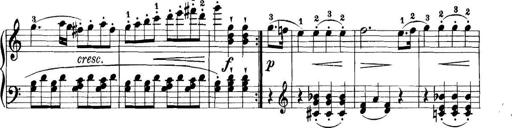
Title: 11 Sonatinas
Composer: Anton Diabelli